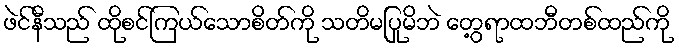
ဖဲင်နီသည် ထိုစင်ကြယ်သောစိတ်ကို သတိမပြုမိဘဲ တွေ့ရာထဘီတစ်ထည်ကို